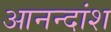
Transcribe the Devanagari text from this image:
आनन्दांश